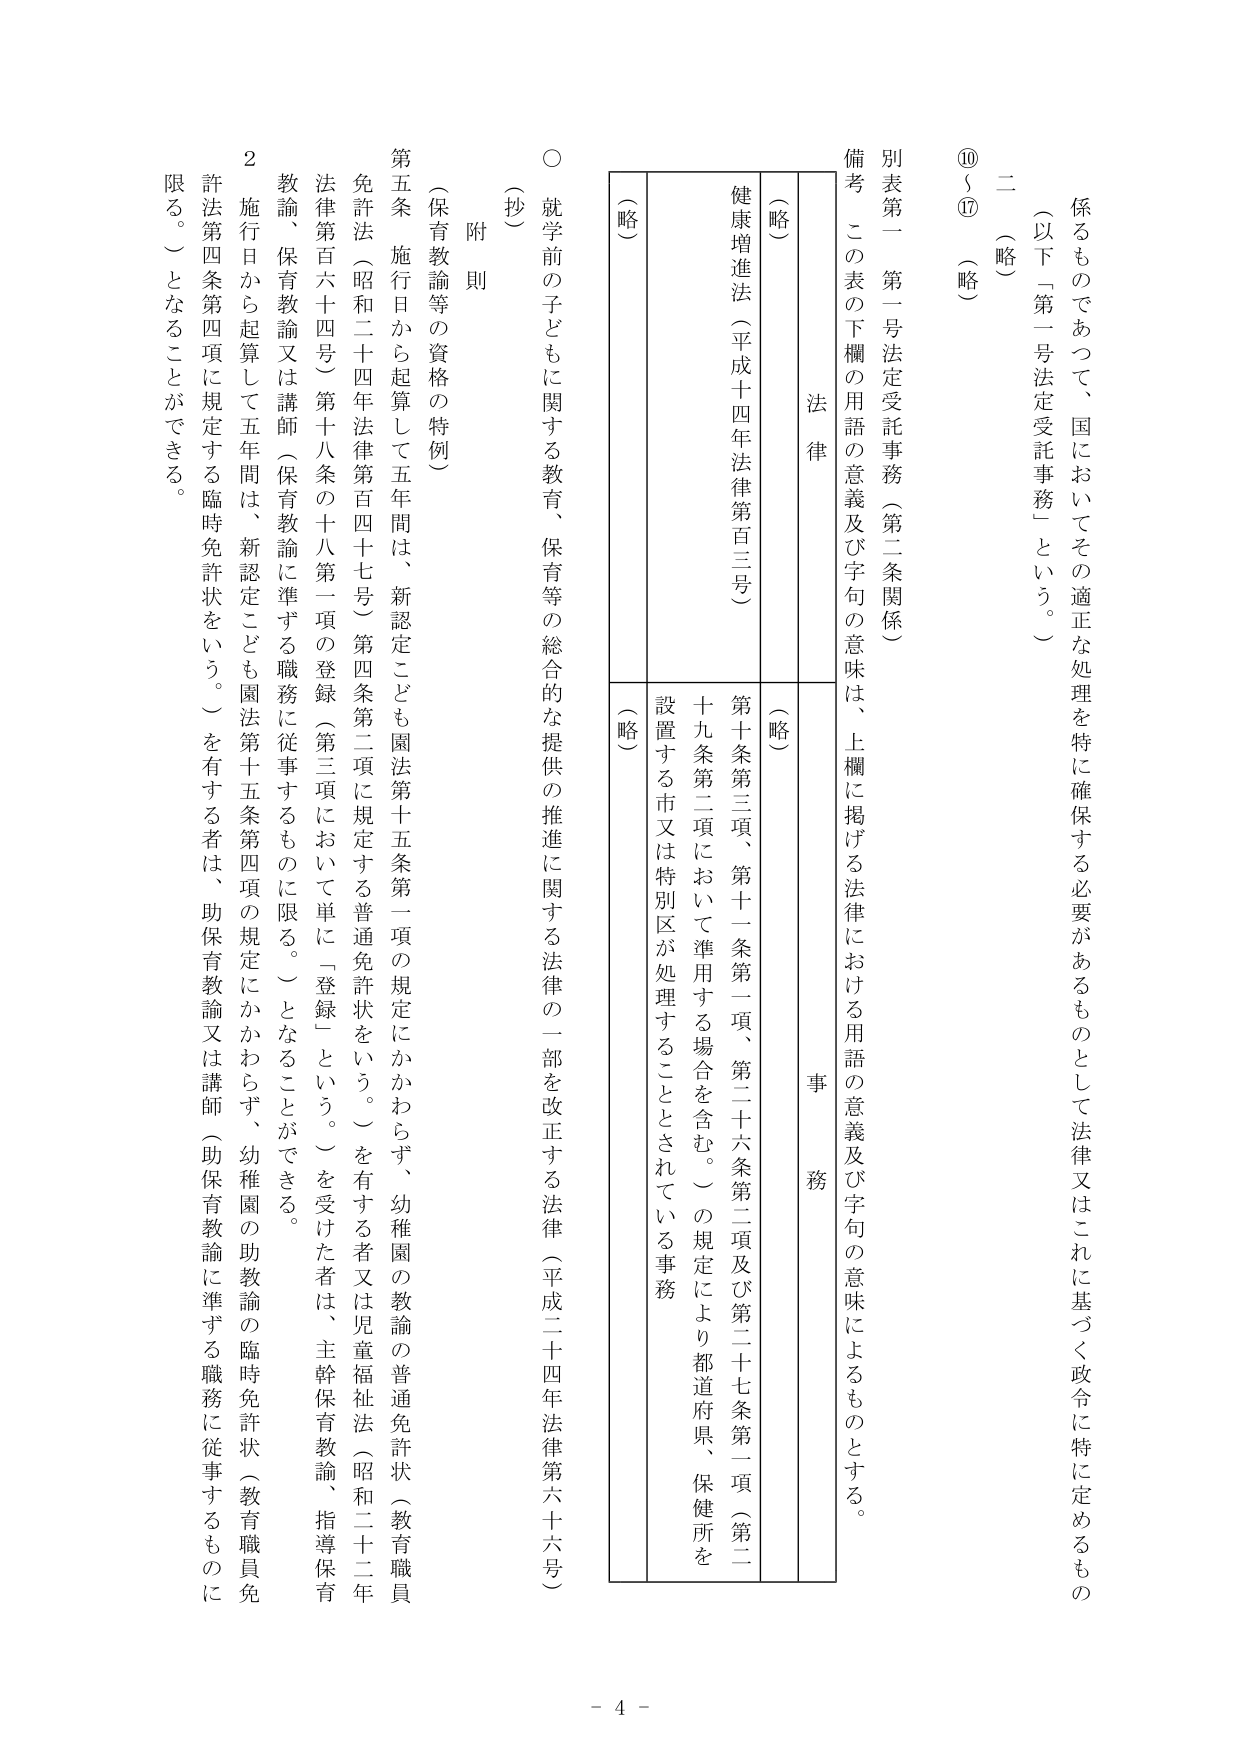
係るものであって、国においてその適正な処理を特に確保する必要があるものとして法律又はこれに基づく政令に特に定めるもの
（以下「第一号法定受託事務」という。）
二（略）
⑩～⑰（略）

別表第一 第一号法定受託事務（第二条関係）
備考 この表の下欄の用語の意義及び字句の意味は、上欄に掲げる法律における用語の意義及び字句の意味によるものとする。

法律
（略）
健康増進法（平成十四年法律第百三号）
（略）
事務
（略）
第十九条第三項、第十一条第一項、第二十六条第二項及び第二十七条第一項（第二十九条第二項において準用する場合を含む。）の規定により都道府県、保健所を設置する市又は特別区が処理することとされている事務

○ 就学前の子どもに関する教育、保育等の総合的な提供の推進に関する法律の一部を改正する法律（平成二十四年法律第六十六号）
（抄）
附則
（保育教諭等の資格の特例）
第五条 施行日から起算して五年間は、新認定こども園法第十五条第一項の規定にかかわらず、幼稚園の教諭の普通免許状（教育職員免許法（昭和二十四年法律第百四十七号）第四条第二項に規定する普通免許状をいう。）を有する者又は児童福祉法（昭和二十二年法律第百六十四号）第十八条の十八第一項の登録（第三項において単に「登録」という。）を受けた者は、主幹保育教諭、指導保育教諭、保育教諭又は講師（保育教諭に準ずる職務に従事するものに限る。）となることができる。
２ 施行日から起算して五年間は、新認定こども園法第十五条第四項の規定にかかわらず、幼稚園の助教諭の臨時免許状（教育職員免許法第四条第四項に規定する臨時免許状をいう。）を有する者は、助保育教諭又は講師（助保育教諭に準ずる職務に従事するものに限る。）となることができる。

- 4 -